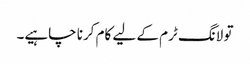
تو لانگ ٹرم کے لیے کام کرنا چاہیے۔